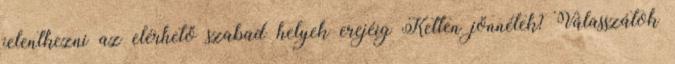
jelentkezni az elérhető szabad helyek erejéig Ketten jönnétek? Válasszátok